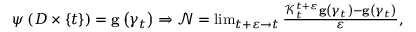
\begin{array} { r } { \psi \left( D \times \{ t \} \right) = \mathbf { g } \left( \gamma _ { t } \right) \Rightarrow \mathcal { N } = \operatorname* { l i m } _ { t + \varepsilon \rightarrow t } \frac { \mathcal { K } _ { t } ^ { t + \varepsilon } \mathbf { g } \left( \gamma _ { t } \right) - \mathbf { g } \left( \gamma _ { t } \right) } { \varepsilon } , } \end{array}